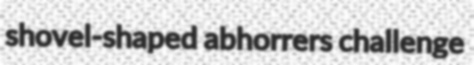
shovel-shaped abhorrers challenge